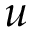
u